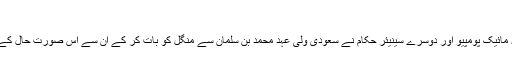
'
وائٹ ہاؤس نے کہا ہے کہ وزیرِ خارجہ مائیک پومپیو اور دوسرے سینیئر حکام نے سعودی ولی عہد محمد بن سلمان سے منگل کو بات کر کے ان سے اس صورتِ حال کے بارے میں مزید معلومات طلب کی ہیں۔